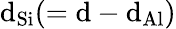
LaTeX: \mathrm{d}_{\mathrm{{Si}}}(=\mathrm{d}-\mathrm{d}_{\mathrm{{Al}}})